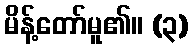
မိန့်တော်မူ၏။ (၃)